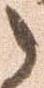
之